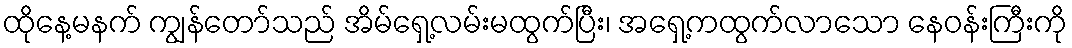
ထိုနေ့မနက် ကျွန်တော်သည် အိမ်ရှေ့လမ်းမထွက်ပြီး၊ အရှေ့ကထွက်လာသော နေဝန်းကြီးကို